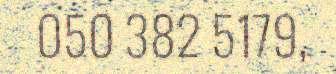
050 382 5179,